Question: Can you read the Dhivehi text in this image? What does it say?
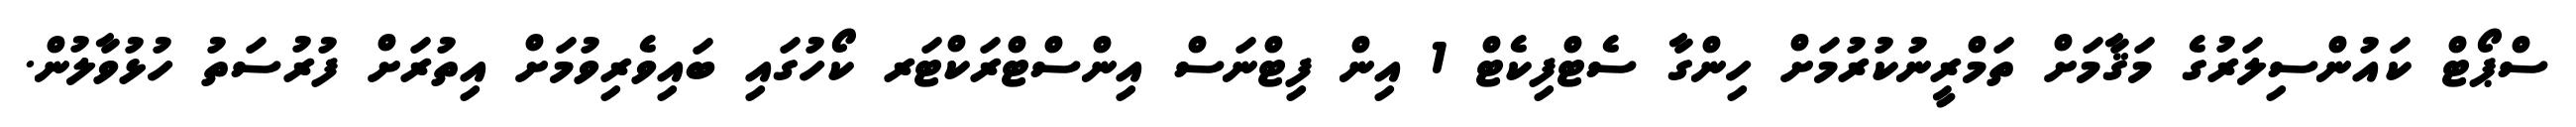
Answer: ސްޕޯޓް ކައުންސިލަރުގެ މަޤާމަށް ތަމްރީނުކުރުމަށް ހިންގާ ސެޓްފިކެޓް 1 އިން ފިޓްނަސް އިންސްޓްރަކްޓަރ ކޯހުގައި ބައިވެރިވުމަށް އިތުރަށް ފުރުސަތު ހުޅުވާލުން.